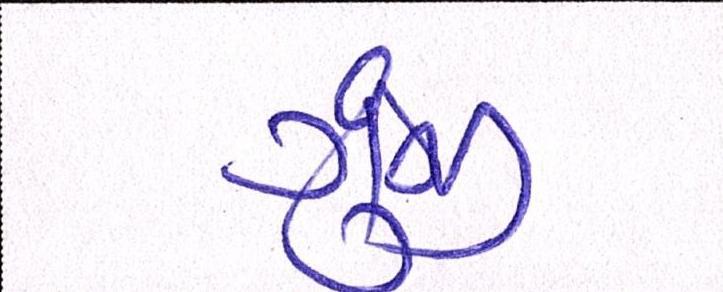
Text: ગુંજી